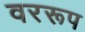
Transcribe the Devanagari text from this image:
वररूप